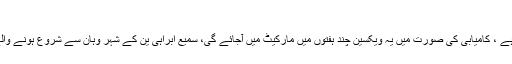
امریکہ نے کرونا وائرس کی ویکسین تیار کر لی
جانوروں پر کامیا ت تجرنے کے بعد اس کا انسانوں پر ٹرائل جاری ہے ، کامیابی کی صورت میں یہ ویکسین چند ہفتوں میں مارکیٹ میں آجائے گی، سمیع ابراہی ین کے شہر وہان سے شروع ہونے والے کرونا وائرس نے اس وقت پوری دنیا میں اپنا خوف پھیلایا ہوا ہے۔